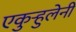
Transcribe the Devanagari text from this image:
एकुर्‍हुलेनी